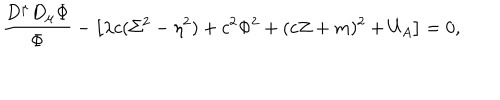
\frac { D ^ { \mu } D _ { \mu } \Phi } \Phi - \left[ \lambda c ( \Sigma ^ { 2 } - \eta ^ { 2 } ) + c ^ { 2 } \Phi ^ { 2 } + ( c Z + m ) ^ { 2 } + U _ { A } \right] = 0 ,